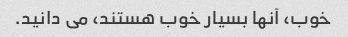
خوب، آنها بسیار خوب هستند، می دانید.